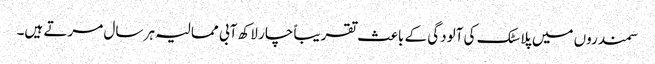
سمندروں میں پلاسٹک کی آلودگی کے باعث تقریباً چار لاکھ آبی ممالیہ ہر سال مرتے ہیں۔